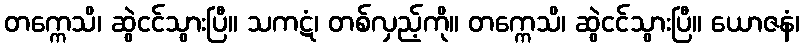
တက္ကေသိ၊ ဆွဲငင်သွားပြီ။ သကဋံ၊ တစ်လှည့်ကို။ တက္ကေသိ၊ ဆွဲငင်သွားပြီ။ ယောဇနံ၊